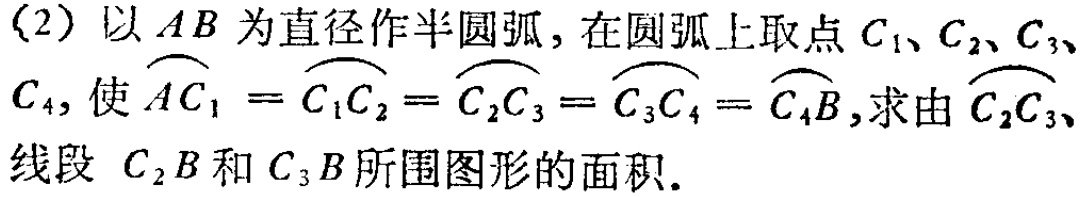
(2) 以 \(AB\) 为直径作半圆弧，在圆弧上取点 \(C_1、C_2、C_3、C_4\)，使 \(\overset{\frown}{AC_1}=\overset{\frown}{C_1C_2}=\overset{\frown}{C_2C_3}=\overset{\frown}{C_3C_4}=\overset{\frown}{C_4B}\)，求由 \(\overset{\frown}{C_2C_3}\)、线段 \(C_2B\) 和 \(C_3B\) 所围图形的面积。